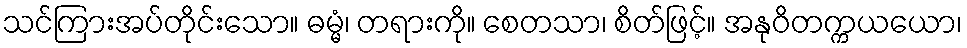
သင်ကြားအပ်တိုင်းသော။ ဓမ္မံ၊ တရားကို။ စေတသာ၊ စိတ်ဖြင့်။ အနုဝိတက္ကယယော၊